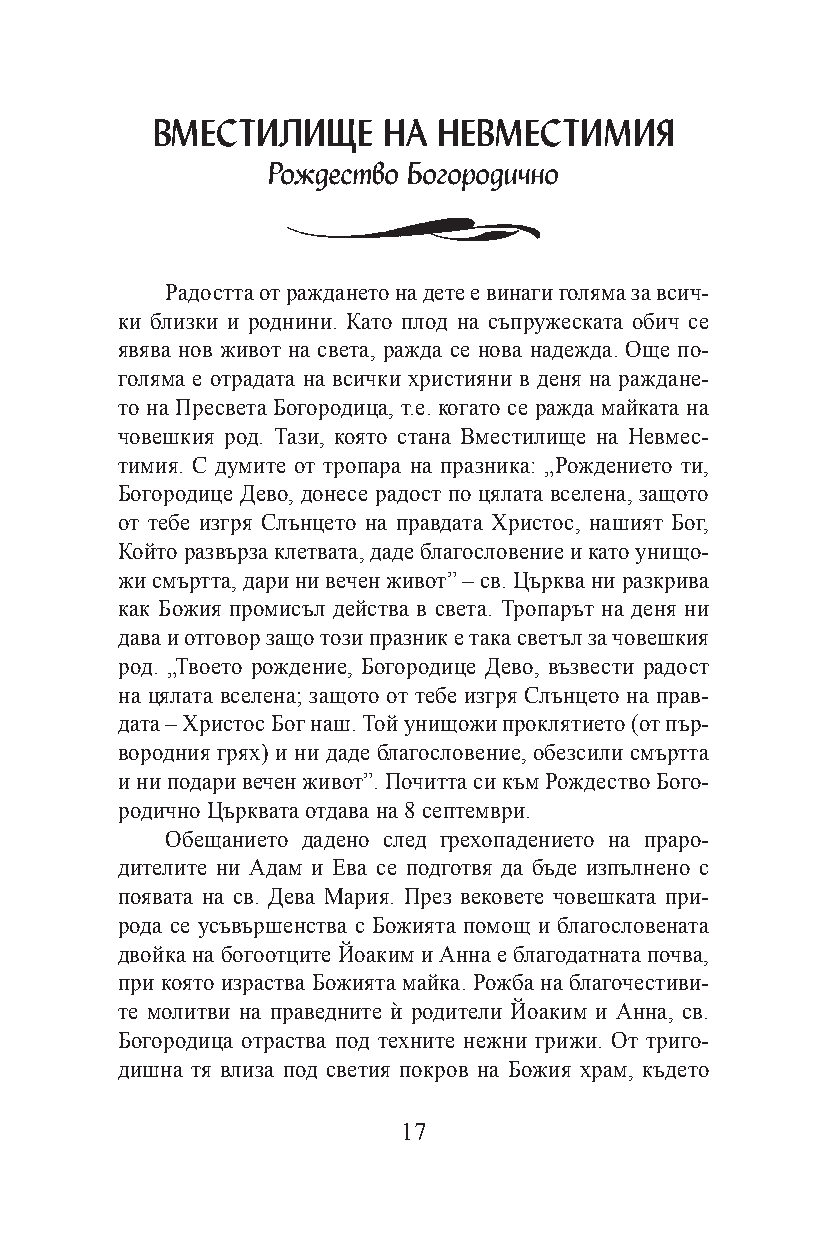
ВМЕСТИЛИЩЕ     НА  НЕВМЕСТИМИЯ
 Рождество Богородично
 Радостта от раждането на дете е винаги голяма за всич-
 ки близки и роднини. Като плод на съпружеската обич се
 явява нов живот на света, ражда се нова надежда. Още по-
 голяма е отрадата на всички християни в деня на раждане-
 то на Пресвета Богородица, т.е. когато се ражда майката на
 човешкия род. Тази, която стана Вместилище на Невмес-
 тимия. С думите от тропара на празника: „Рождението ти,
 Богородице Дево, донесе радост по цялата вселена, защото
 от тебе изгря Слънцето на правдата Христос, нашият Бог,
 Който развърза клетвата, даде благословение и като унищо-
 жи смъртта, дари ни вечен живот” – св. Църква ни разкрива
 как Божия промисъл действа в света. Тропарът на деня ни
 дава и отговор защо този празник е така светъл за човешкия
 род. „Твоето рождение, Богородице Дево, възвести радост
 на цялата вселена; защото от тебе изгря Слънцето на прав-
 дата – Христос Бог наш. Той унищожи проклятието (от пър-
 вородния грях) и ни даде благословение, обезсили смъртта
 и ни подари вечен живот”. Почитта си към Рождество Бого-
 родично Църквата отдава на 8 септември.
 Обещанието дадено след грехопадението на праро-
 дителите ни Адам и Ева се подготвя да бъде изпълнено с
 появата на св. Дева Мария. През вековете човешката при-
 рода се усъвършенства с Божията помощ и благословената
 двойка на богоотците Йоаким и Анна е благодатната почва,
 при която израства Божията майка. Рожба на благочестиви-
 те молитви на праведните
 £
 родители Йоаким и Анна, св.
 Богородица отраства под техните нежни грижи. От триго-
 дишна тя влиза под светия покров на Божия храм, където
 17